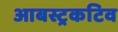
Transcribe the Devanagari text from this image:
आबस्ट्रकटिव